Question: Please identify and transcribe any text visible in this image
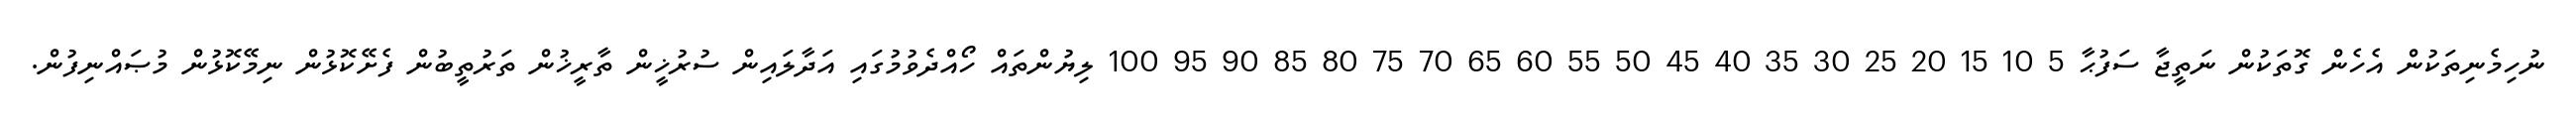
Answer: ނުހިމެނިތަކުން އެހެން ގޮތަކުން ނަތީޖާ ސަފުޙާ 5 10 15 20 25 30 35 40 45 50 55 60 65 70 75 80 85 90 95 100 ލިޔުންތައް ހޯއްދެވުމުގައި އަދާލައިން ސުރުޚީން ތާރީޚުން ތަރުތީބުން ފެށޭކޮޅުން ނިމޭކޮޅުން މުޞައްނިފުން.